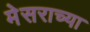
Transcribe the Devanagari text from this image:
मेसराच्या